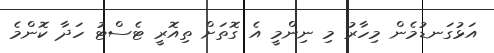
އަޅުގަނޑުމެން މިހާރު މި ނިންމީ އެ ގޮތަށް ތިއޮރީ ޓެސްޓު ހަދާ ކޮންމެ